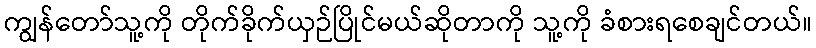
ကျွန်တော်သူ့ကို တိုက်ခိုက်ယှဉ်ပြိုင်မယ်ဆိုတာကို သူ့ကို ခံစားရစေချင်တယ်။